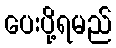
ပေးပို့ရမည်